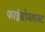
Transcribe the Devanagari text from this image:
फाईब्रोब्लास्ट